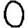
Digit: 0